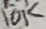
Text: 10K